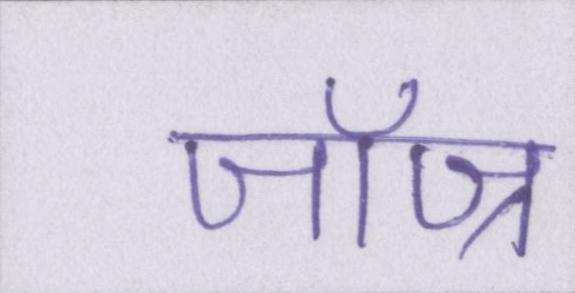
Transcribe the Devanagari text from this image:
जॉज्र